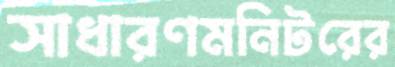
সাধারণমনিটরের